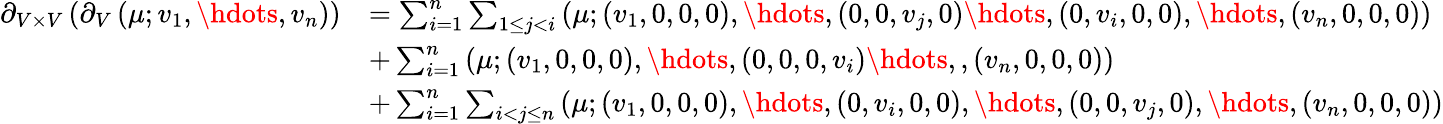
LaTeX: \begin{array}{rl}{\partial_{V\times V}\left(\partial_{V}\left(\mu;v_{1},\hdots,v_{n}\right)\right)}&{=\sum_{i=1}^{n}\sum_{1\leq j<i}\left(\mu;(v_{1},0,0,0),\hdots,(0,0,v_{j},0)\hdots,(0,v_{i},0,0),\hdots,(v_{n},0,0,0)\right)}\\ &{+\sum_{i=1}^{n}\left(\mu;(v_{1},0,0,0),\hdots,(0,0,0,v_{i})\hdots,,(v_{n},0,0,0)\right)}\\ &{+\sum_{i=1}^{n}\sum_{i<j\leq n}\left(\mu;(v_{1},0,0,0),\hdots,(0,v_{i},0,0),\hdots,(0,0,v_{j},0),\hdots,(v_{n},0,0,0)\right)}\end{array}